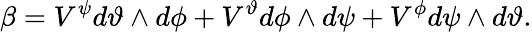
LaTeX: \beta=V^{\psi}d\vartheta\wedge d\phi+V^{\vartheta}d\phi\wedge d\psi+V^{\phi}d\psi\wedge d\vartheta.